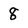
Character: 8